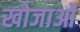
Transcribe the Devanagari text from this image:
खोजाओं